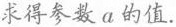
求得参数a的值.